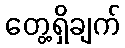
တွေ့ရှိချက်